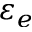
\varepsilon _ { e }